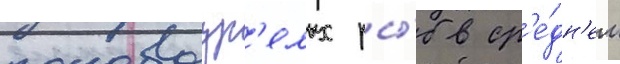
половозр'елых ры́б в ср'е́дн'ем